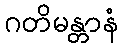
ဂတိမန္တာနံ